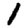
Digit: 1